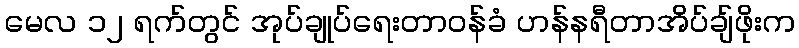
မေလ ၁၂ ရက်တွင် အုပ်ချုပ်ရေးတာဝန်ခံ ဟန်နရီတာအိပ်ချ်ဖိုးက